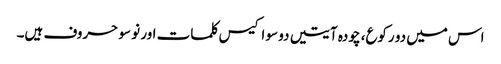
اس میں دو رکوع، چودہ آیتیں دو سو اکیس کلمات اور نو سو حروف ہیں۔